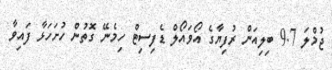
ޖުމްލަ 9.7 ބިލިއަން ރުފިޔާގެ އޯވައޯލް ޑެފިސިޓް ހިމެނޭ ގޮތުން ހުށަހަޅާ ފައިވާ